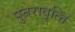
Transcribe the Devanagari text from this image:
पुन्ररावृत्त्ति